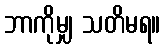
ဘာကိုမျှ သတိမရ။